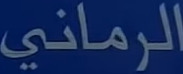
الرَمَانِي